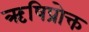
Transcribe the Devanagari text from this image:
ऋषिप्रोक्त